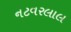
નટવરલાલ